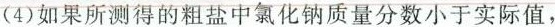
(4)如果所测得的粗盐中氯化钠质量分数小于实际值，